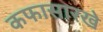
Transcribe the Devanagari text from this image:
कफासारखे